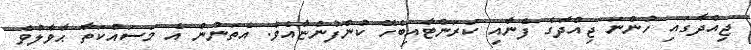
ޖިއްދާގައި ހުންނަ ޖިއްދާގެ ފެނާއި ކަރަންޓާއިބެހޭ ކުންފުންޏާއެވެ. އެތަނުން އެ މަސައްކަތާ ޙާވާލުވެ